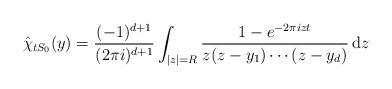
LaTeX: \begin{align*}\hat{\chi}_{tS_0} (y) = \frac{(-1)^{d+1}}{(2 \pi i)^{d+1}} \int_{|z|=R} \frac{1-e^{-2 \pi i z t}}{z (z-y_1) \cdots (z-y_d)} \, \mathrm{d}z\end{align*}